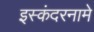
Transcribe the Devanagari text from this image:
इस्कंदरनामे